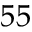
5 5